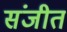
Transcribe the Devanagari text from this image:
संजीत